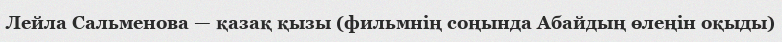
Лейла Сальменова — қазақ қызы (фильмнің соңында Абайдың өлеңін оқыды)